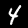
Digit: 4